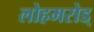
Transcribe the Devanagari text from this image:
लोहमरोड्